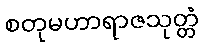
စတုမဟာရာဇသုတ္တံ